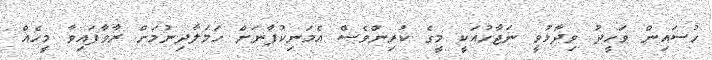
ހުސައިން ވަހީދު ވިދާޅުވީ ނަޖާހުއަކީ މީގެ ކުރިންވެސް އެމަނިކުފާނަށް ހަމަލާދިނުމަށް ރާވާފައިވާ މީހެއް